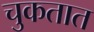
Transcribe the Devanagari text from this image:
चुकतात